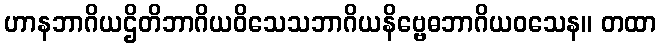
ဟာနဘာဂိယဌိတိဘာဂိယဝိသေသဘာဂိယနိဗ္ဗေဓဘာဂိယဝသေန။ တထာ